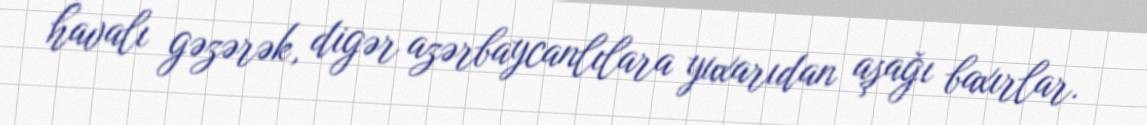
havalı gəzərək, digər azərbaycanlılara yuxarıdan aşağı baxırlar.